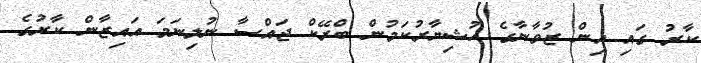
ކާރު ގައި އިން ޒުވާނާގެ ހުޝިޔާރުކަމުން ބްރޭކް ޖައްސާ ނުލިނަމަ އައިޒާން ކާރުގެ